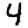
Digit: 4